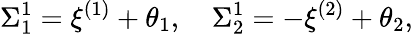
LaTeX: \Sigma_{1}^{1}=\xi^{(1)}+\theta_{1},\quad\Sigma_{2}^{1}=-\xi^{(2)}+\theta_{2},